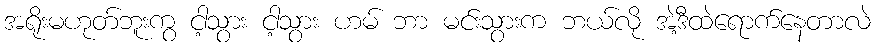
အရိုးမဟုတ်ဘူးကွ ငါ့သွား ငါ့သွား ဟမ် ဘာ မင်းသွားက ဘယ်လို အဲ့ဒီထဲရောက်နေတာလဲ